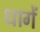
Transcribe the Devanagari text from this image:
धागें